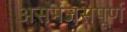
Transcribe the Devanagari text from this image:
असमंजसपूर्ण